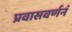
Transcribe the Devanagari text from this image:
प्रवासवर्णनं